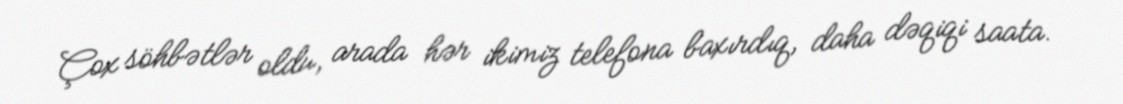
Çox söhbətlər oldu, arada hər ikimiz telefona baxırdıq, daha dəqiqi saata.